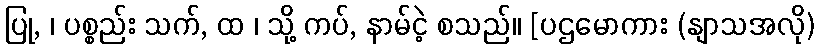
ပြု, ၊ ပစ္စည်း သက်, ထ ၊ သို့ ကပ်, နာမ်ငဲ့ စသည်။ [ပဌမောကား (နျာသအလို)